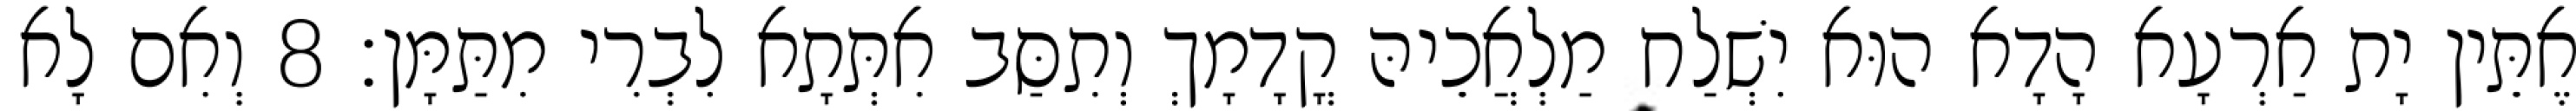
אֶתֵּין יָת אַרְעָא הָדָא הוּא יִשְׁלַח מַלְאֲכֵיהּ קֳדָמָךְ וְתִסַּב אִתְּתָא לִבְרִי מִתַּמָּן׃ 8 וְאִם לָא